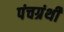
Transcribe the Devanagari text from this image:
पंचग्रंथी